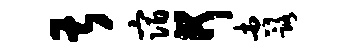
甚宿何杏路